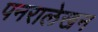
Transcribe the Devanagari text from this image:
पनरालेखन